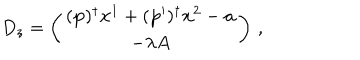
LaTeX: D _ { z } = \left( \begin{array} { c } { { ( \mathbf { p } ) ^ { \dagger } \mathbf { x } ^ { 1 } + ( \mathbf { p } ^ { \prime } ) ^ { \dagger } \mathbf { x } ^ { 2 } - \mathbf { a } } } \\ { { - \lambda A } } \\ \end{array} \right) \, ,